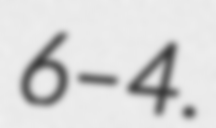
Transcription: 6–4.